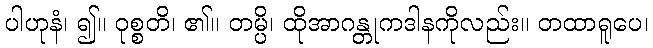
ပါဟုနံ၊ ၍။ ဝုစ္စတိ၊ ၏။ တမ္ပိ၊ ထိုအာဂန္တုကဒါနကိုလည်း။ တထာရူပေ၊